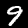
Label: 9